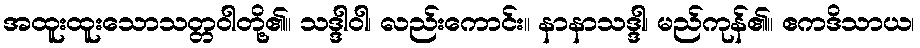
အထူးထူးသောသတ္တဝါတို့၏။ သဒ္ဒါဝါ၊ လည်းကောင်း။ နာနာသဒ္ဒါ၊ မည်ကုန်၏။ ဧကဒိသာယ၊